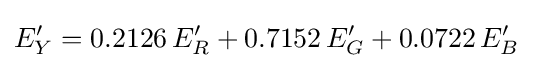
E'_{Y}=0.2126\,E'_{R}+0.7152\,E'_{G}+0.0722\,E'_{B}